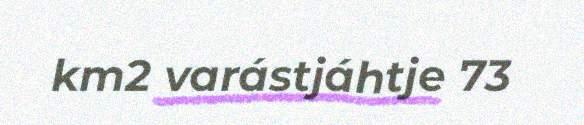
km2 varástjáhtje 73